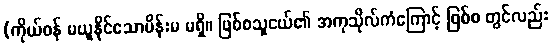
(ကိုယ်ဝန် မယူနိုင်သောမိန်းမ မရှိ။ ဖြစ်စသူငယ်၏ အကုသိုလ်ကံကြောင့် ဖြစ်စ တွင်လည်း